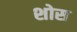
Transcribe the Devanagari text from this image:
शोस